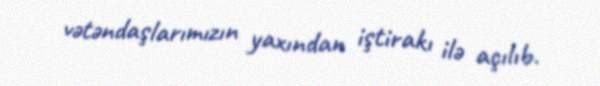
vətəndaşlarımızın yaxından iştirakı ilə açılıb.